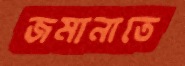
জমানাতে